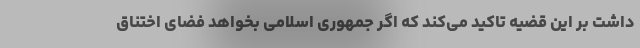
داشت بر این قضیه تاکید می‌کند که اگر جمهوری اسلامی بخواهد فضای اختناق